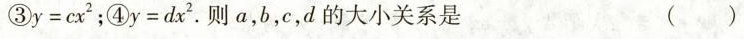
③y=cx^{2}；④y=dx^{2}。则a，b，c，d的大小关系是